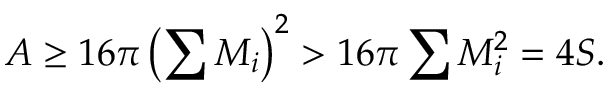
A \geq 1 6 \pi \left( \sum M _ { i } \right) ^ { 2 } > 1 6 \pi \sum M _ { i } ^ { 2 } = 4 S .